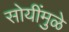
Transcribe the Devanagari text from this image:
सोयींमुळे